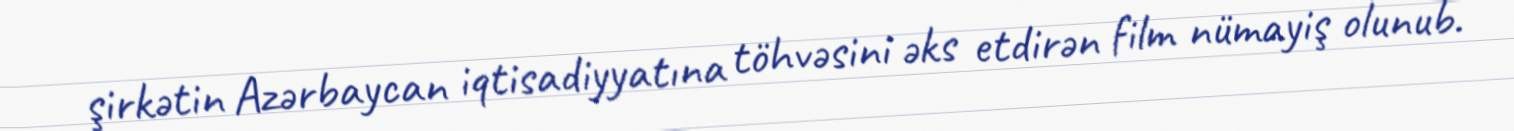
şirkətin Azərbaycan iqtisadiyyatına töhvəsini əks etdirən film nümayiş olunub.